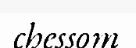
chessom